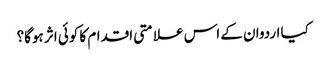
کیا اردوان کے اس علامتی اقدام کا کوئی اثر ہوگا؟